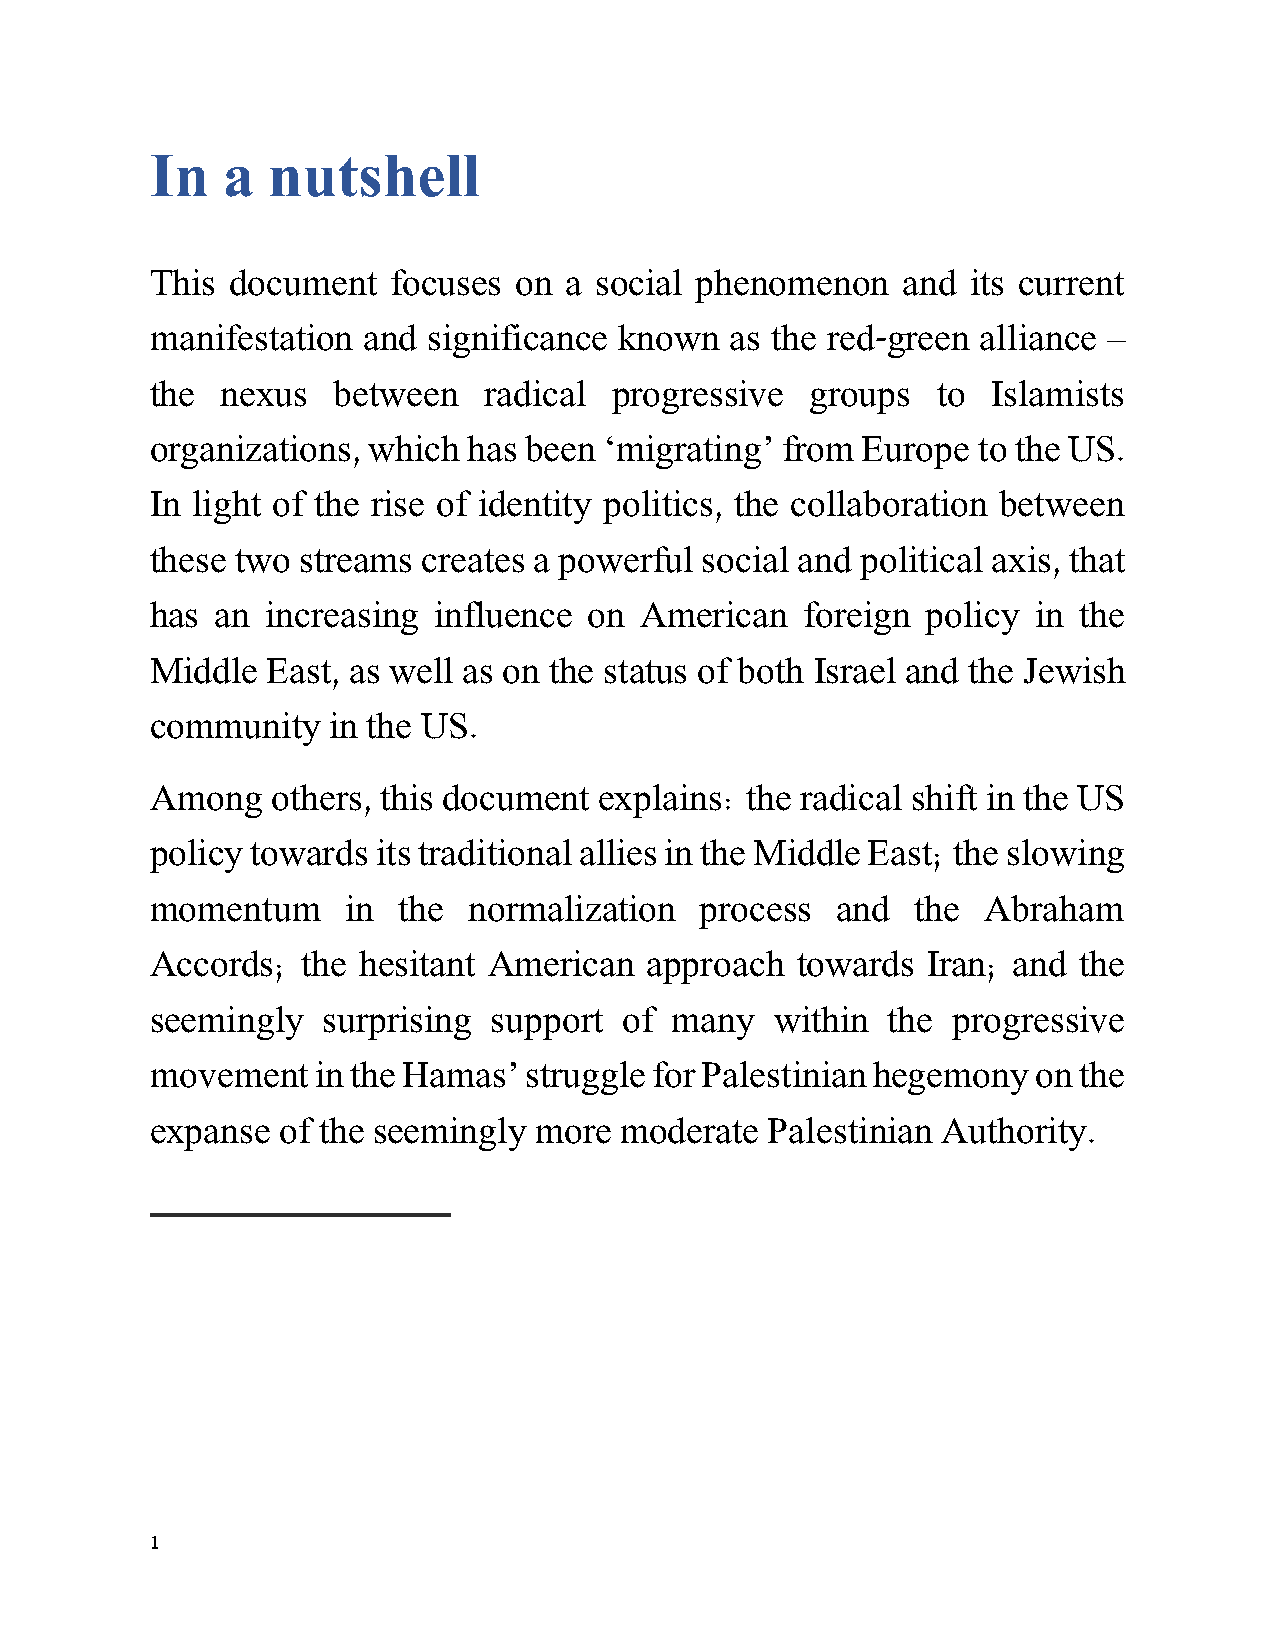
In   a  nutshell
 This document   focuses on a social phenomenon    and its current
 manifestation and significance known  as the red-green alliance –
 the  nexus  between   radical progressive   groups  to  Islamists
 organizations, which has been ‘migrating’ from Europe  to the US.
 In light of the rise of identity politics, the collaboration between
 these two streams creates a powerful social and political axis, that
 has an  increasing influence on American   foreign policy  in the
 Middle  East, as well as on the status of both Israel and the Jewish
 community   in the US.
 Among   others, this document explains: the radical shift in the US
 policy towards its traditional allies in the Middle East; the slowing
 momentum     in the  normalization  process  and   the Abraham
 Accords;  the hesitant American  approach  towards Iran; and the
 seemingly  surprising  support of many   within  the progressive
 movement   in the Hamas’ struggle for Palestinian hegemony on the
 expanse of the seemingly more  moderate  Palestinian Authority.
 1